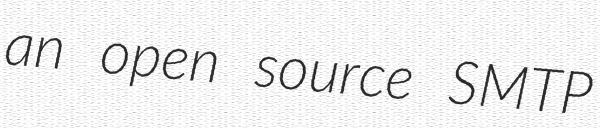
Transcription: an open source SMTP